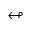
\looparrowleft